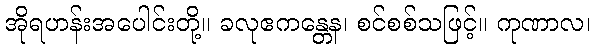
အိုရဟန်းအပေါင်းတို့။ ခလုဧကန္တေန၊ စင်စစ်သဖြင့်။ ကုဏာလ၊